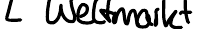
Weltmarkt